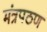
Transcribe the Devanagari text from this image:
मंत्रपठण